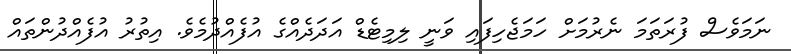
ނަމަވެސް ފުރަތަމަ ނެރުމަށް ހަމަޖެހިފައި ވަނީ ލިމިޓެޑް އަދަދެއްގެ އުފެއްދުމެވެ. އިތުރު އުފެއްދުންތައް